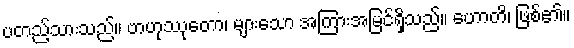
ပတည့်သားသည်။ ဗာဟုဿုတော၊ များသော အကြားအမြင်ရှိသည်။ ဟောတိ၊ ဖြစ်၏။